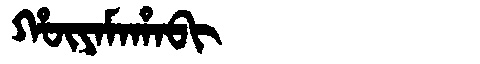
Manchu: ᡥᡡᠶᠠᠮᠠᡥᠠᠪᡳ
Romanization: HŪYAMAHABI